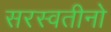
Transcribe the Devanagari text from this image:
सरस्वतीनो